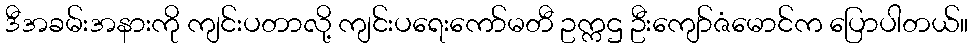
ဒီအခမ်းအနားကို ကျင်းပတာလို့ ကျင်းပရေးကော်မတီ ဥက္ကဌ ဦးကျော်ဇံမောင်က ပြောပါတယ်။